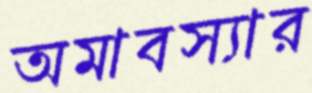
অমাবস্যার